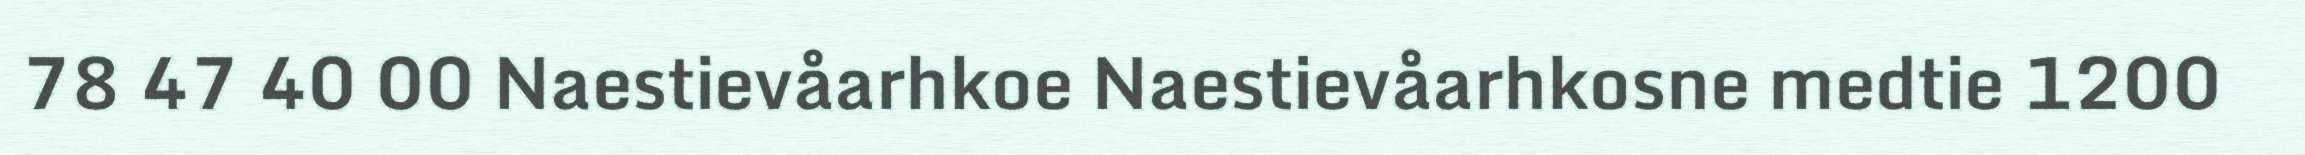
78 47 40 00 Naestievåarhkoe Naestievåarhkosne medtie 1200